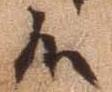
候